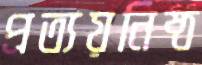
প্রত্যয়নিষ্ঠ